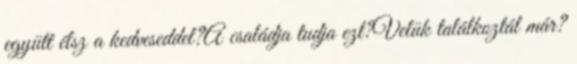
együtt élsz a kedveseddel?A családja tudja ezt?Velük találkoztál már?